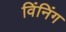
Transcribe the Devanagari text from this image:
विंनिंग